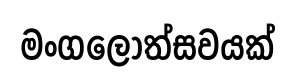
මංගලෝත්සවයක්